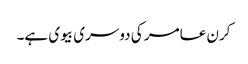
کرن عامر کی دوسری بیوی ہے۔